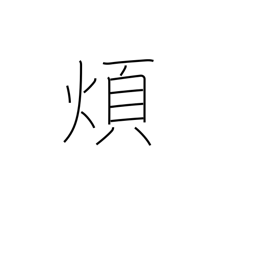
Meaning: nuisance